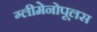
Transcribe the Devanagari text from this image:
ग्लीमेनोपूलस